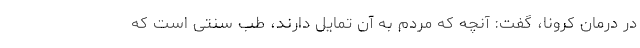
در درمان کرونا، گفت: آنچه که مردم به آن تمایل دارند، طب سنتی است که